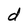
Character: d